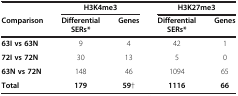
<table><thead><tr><td><b> </b></td><td colspan="2"><b>H3K4me3</b></td><td colspan="2"><b>H3K27me3</b></td></tr><tr><td><b>Comparison</b></td><td><b>Differential SERs*</b></td><td><b>Genes</b></td><td><b>Differential SERs*</b></td><td><b>Genes</b></td></tr></thead><tbody><tr><td><b>63I vs 63N</b></td><td>9</td><td>4</td><td>42</td><td>1</td></tr><tr><td><b>72I vs 72N</b></td><td>30</td><td>13</td><td>5</td><td>0</td></tr><tr><td><b>63N vs 72N</b></td><td>148</td><td>46</td><td>1094</td><td>65</td></tr><tr><td><b>Total</b></td><td><b>179</b></td><td><b>59</b>†</td><td><b>1116</b></td><td><b>66</b></td></tr></tbody></table>